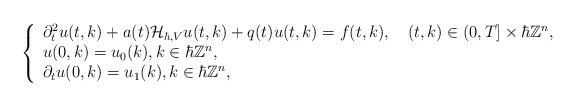
LaTeX: \begin{align*}\left\{\begin{array}{l}\partial_{t}^{2} u(t, k)+a(t) \mathcal{H}_{\hbar,V}u(t, k)+q(t) u(t, k)=f(t,k),\quad(t, k) \in(0, T] \times \hbar\mathbb{Z}^{n}, \\u(0, k)=u_{0}(k),k \in \hbar\mathbb{Z}^{n}, \\\partial_{t} u(0, k)=u_{1}(k),k \in \hbar\mathbb{Z}^{n},\end{array}\right.\end{align*}